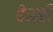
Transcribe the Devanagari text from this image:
हेअरी